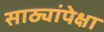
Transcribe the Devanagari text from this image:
साठ्यांपेक्षा